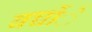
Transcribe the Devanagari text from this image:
बच्चोंे